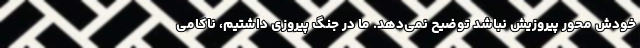
خودش محور پیروزیش نباشد توضیح نمی‌دهد. ما در جنگ پیروزی داشتیم، ناکامی